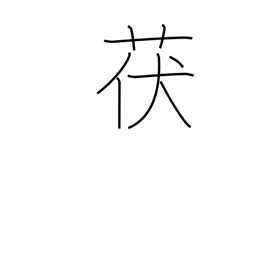
Meaning: type of mushroom